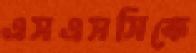
এসএসসিকে